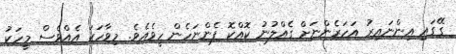
ގޭގައި އިންނައިރު އަހަރެންނަށް ގެއްލުނު ކޮއްކޮ ފެންނަހެން ހީވެއެވެ. މިވާހަކަ އެއްވެސް މީހަކު